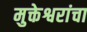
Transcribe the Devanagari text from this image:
मुक्तेश्वरांचा